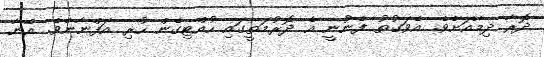
ދޮރާ ދިމާއަށެވެ. އެވަގުތު ފެނުނީ އެ ދޮރުމަތީގައި ހުއްޓިގެން ހުރި އަފްނާނެވެ. އޭނާ